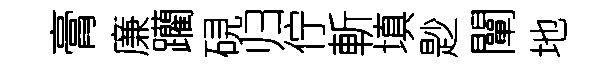
膏廉躪硯归佇斬填尟闡地